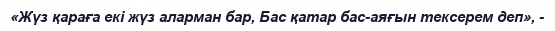
«Жүз қараға екі жүз аларман бар, Бас қатар бас-аяғын тексерем деп», -